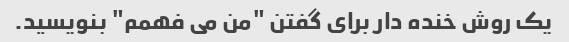
یک روش خنده دار برای گفتن "من می فهمم" بنویسید.